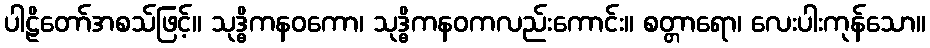
ပါဠိတော်အစသ်ဖြင့်။ သုဒ္ဓိကနဝကော၊ သုဒ္ဓိကနဝကလည်းကောင်း။ စတ္တာရော၊ လေးပါးကုန်သော။